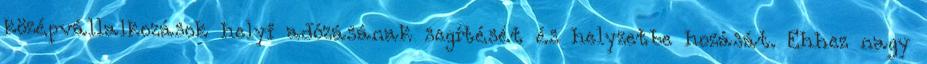
középvállalkozások helyi adózásának segítését és helyzetbe hozását. Ehhez nagy